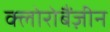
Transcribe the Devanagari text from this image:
क्लोरोबैंज़ीन